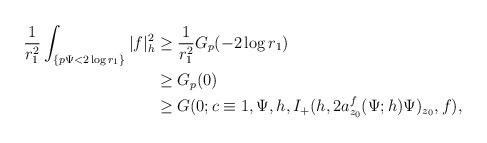
LaTeX: \begin{align*} \frac{1}{r_1^2}\int_{\{p\Psi<2\log r_1\}}|f|^2_h&\ge \frac{1}{r_1^2}G_{p}(-2\log r_1)\\ &\ge G_{p}(0)\\ &\ge G(0;c\equiv1,\Psi,h,I_+(h,2a_{z_0}^f(\Psi;h)\Psi)_{z_0},f), \end{align*}